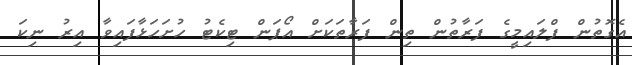
އެގޮތުން ފްލައިމީގެ ފަރާތުން ތިން ފަރާތަކަށް އޯޕަން ޓިކެޓު ހުށަހަޅާފައިވާ އިރު ނިކަ